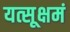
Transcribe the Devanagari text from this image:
यत्सूक्षमं